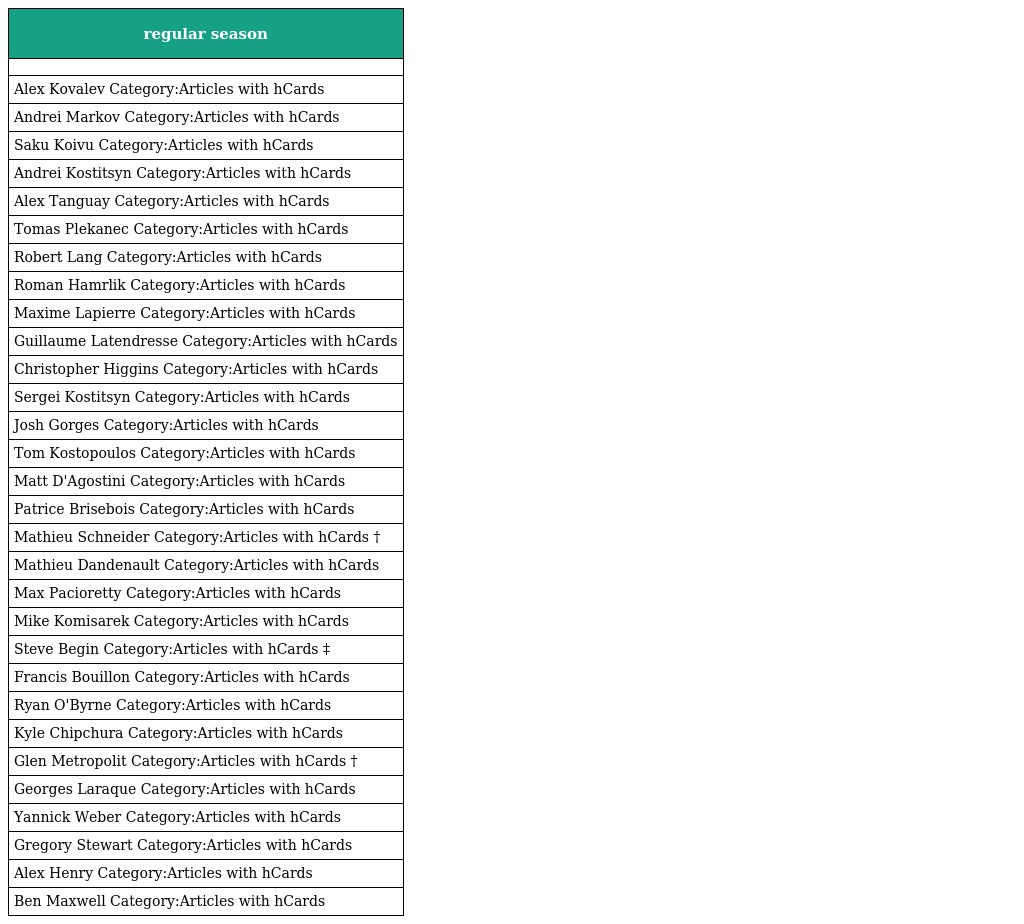
| regular season |
 | --- |
 |  |
 | Alex Kovalev Category:Articles with hCards |
 | Andrei Markov Category:Articles with hCards |
 | Saku Koivu Category:Articles with hCards |
 | Andrei Kostitsyn Category:Articles with hCards |
 | Alex Tanguay Category:Articles with hCards |
 | Tomas Plekanec Category:Articles with hCards |
 | Robert Lang Category:Articles with hCards |
 | Roman Hamrlik Category:Articles with hCards |
 | Maxime Lapierre Category:Articles with hCards |
 | Guillaume Latendresse Category:Articles with hCards |
 | Christopher Higgins Category:Articles with hCards |
 | Sergei Kostitsyn Category:Articles with hCards |
 | Josh Gorges Category:Articles with hCards |
 | Tom Kostopoulos Category:Articles with hCards |
 | Matt D'Agostini Category:Articles with hCards |
 | Patrice Brisebois Category:Articles with hCards |
 | Mathieu Schneider Category:Articles with hCards † |
 | Mathieu Dandenault Category:Articles with hCards |
 | Max Pacioretty Category:Articles with hCards |
 | Mike Komisarek Category:Articles with hCards |
 | Steve Begin Category:Articles with hCards ‡ |
 | Francis Bouillon Category:Articles with hCards |
 | Ryan O'Byrne Category:Articles with hCards |
 | Kyle Chipchura Category:Articles with hCards |
 | Glen Metropolit Category:Articles with hCards † |
 | Georges Laraque Category:Articles with hCards |
 | Yannick Weber Category:Articles with hCards |
 | Gregory Stewart Category:Articles with hCards |
 | Alex Henry Category:Articles with hCards |
 | Ben Maxwell Category:Articles with hCards |